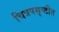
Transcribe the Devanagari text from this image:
चित्रपसृष्टीत